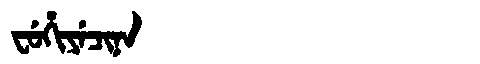
Manchu: ᠸᡠᡥᡳᠶᡝᠴᡳᠨᠠ
Romanization: FUHIYECINA